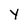
Character: y